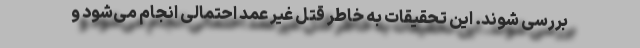
بررسی شوند. این تحقیقات به خاطر قتل غیر عمد احتمالی انجام می‌شود و